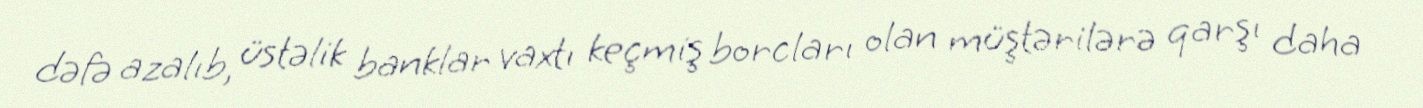
dəfə azalıb, üstəlik banklar vaxtı keçmiş borcları olan müştərilərə qarşı daha